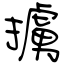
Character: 擄